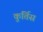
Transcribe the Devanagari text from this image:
कुर्तिस